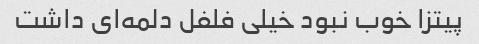
پیتزا خوب نبود خیلی فلفل دلمه‌ای داشت